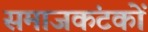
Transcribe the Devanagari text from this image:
समाजकंटकों